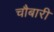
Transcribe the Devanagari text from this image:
चौबारी